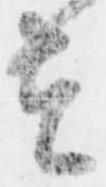
者